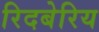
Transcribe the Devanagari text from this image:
रिदबेरिय